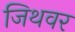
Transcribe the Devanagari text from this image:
जिथवर